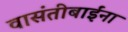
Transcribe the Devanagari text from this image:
वासंतीबाईंना